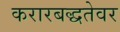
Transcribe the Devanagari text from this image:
करारबद्धतेवर